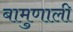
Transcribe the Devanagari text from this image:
बामुणाली